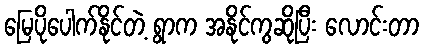
မြေပိုပေါက်နိုင်တဲ့ ရွာက အနိုင်ကွဆိုပြီး လောင်းတာ